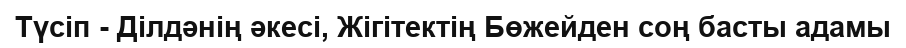
Түсіп - Ділдәнің әкесі, Жігітектің Бөжейден соң басты адамы